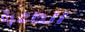
الداعرة